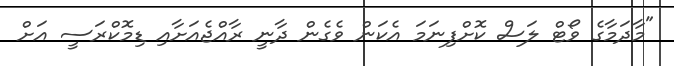
"މާދަމާގެ ވޯޓް ލަސް ކޮށްފިނަމަ އެކަން ވެގެން ދާނީ ރާއްޖެއަށާއި ޑިމޮކްރަސީ އަށް